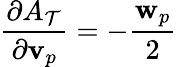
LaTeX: \frac{\partial A_{\mathcal{T}}}{\partial\textbf{v}_{p}}=-\frac{\textbf{w}_{p}}{2}